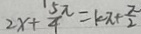
2 x + \frac { 5 \pi } { 4 } = k \pi + \frac { \pi } { 2 }